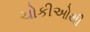
ચોકીઓથી